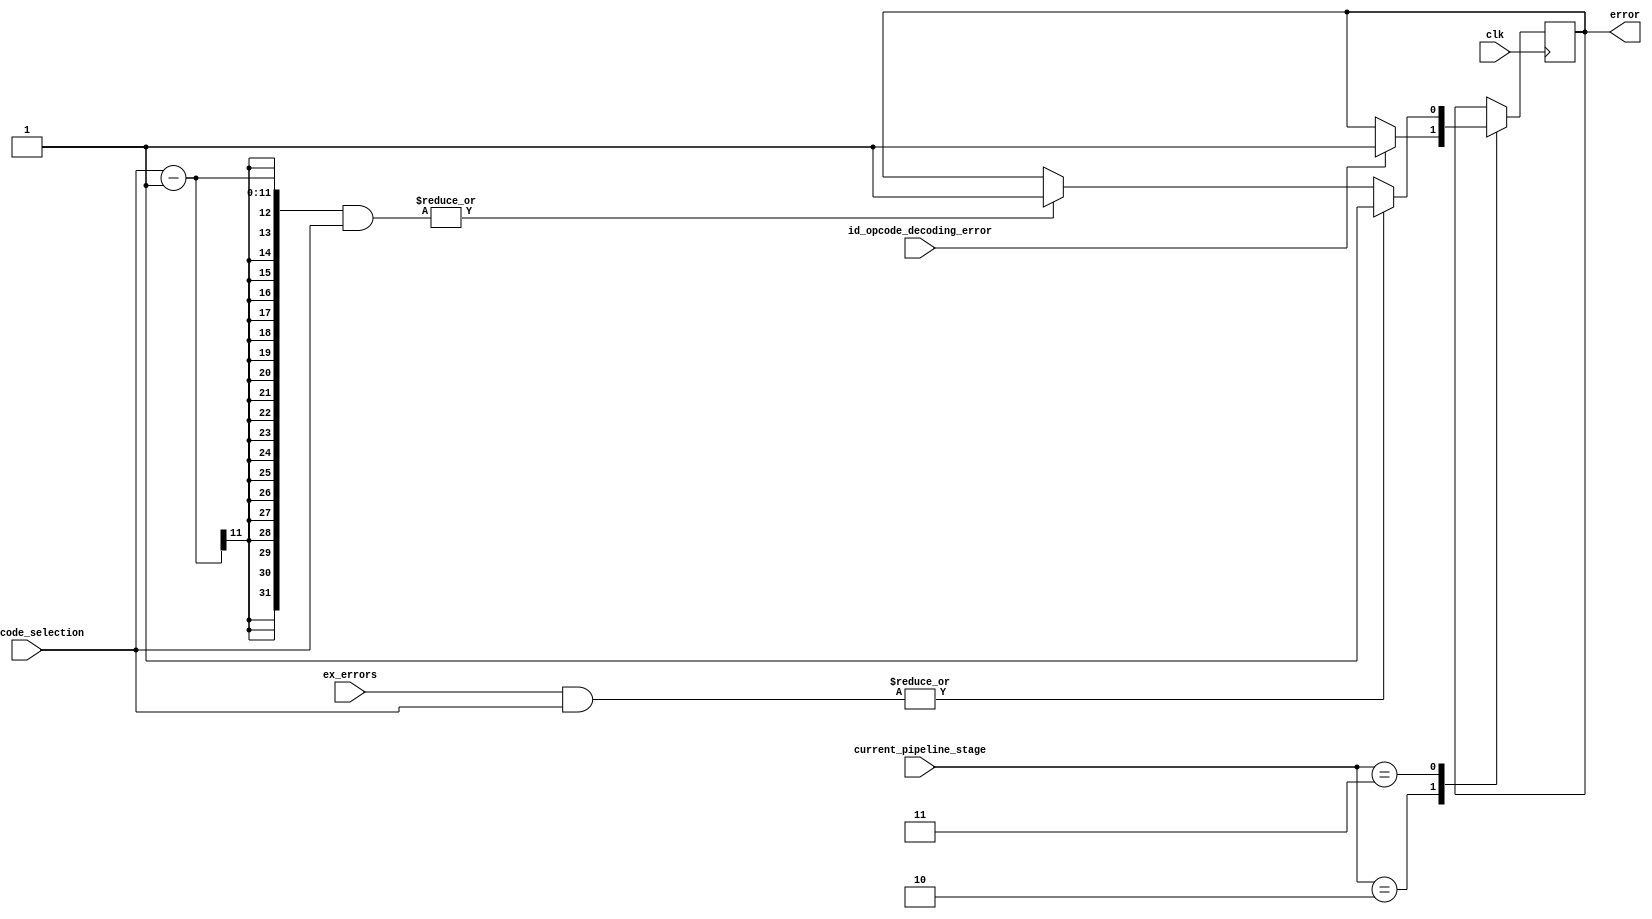
module error_propagation(
    input wire clk,
    input wire id_opcode_decoding_error,
    input wire [10: 0] ex_errors,
    input wire [10: 0] ex_opcode_selection,
    input wire [1: 0] current_pipeline_stage,

    output reg error = 0
);


wire multiple_selected_opcodes = | ((ex_opcode_selection - 1) & ex_opcode_selection);
wire execute_error = | (ex_errors & ex_opcode_selection);

always @(posedge clk) begin
    case (current_pipeline_stage)
    2'd2: begin
        if (id_opcode_decoding_error)   error <= 1;
    end
    2'd3: begin
        if (multiple_selected_opcodes)  error <= 1;
        if (execute_error)              error <= 1;
    end
    default: ;
    endcase
end


endmodule